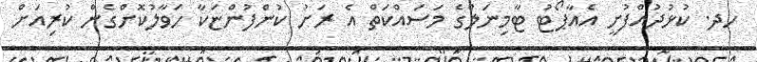
ހދ. ކުޅުދުއްފުށީ އެއާޕޯޓު ޓާމިނަލްގެ މަސައްކަތް އެ ރަށު ކުންފުންޏަކާ ހަވާލުކޮށްގެން ކުރިއަށް